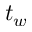
t \sb w